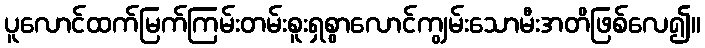
ပူလောင်ထက်မြက်ကြမ်းတမ်းစူးရှစွာလောင်ကျွမ်းသောမီးအတိဖြစ်လေ၍။